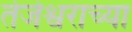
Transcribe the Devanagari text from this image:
तेजेश्वराच्या